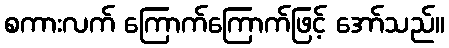
စကားလက် ကြောက်ကြောက်ဖြင့် အော်သည်။